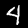
Label: 4